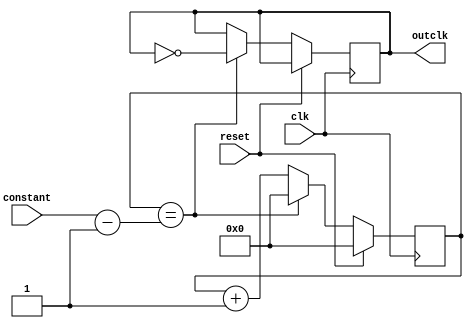
module clock_divider(clk,outclk,constant, reset);
input clk;
input reset;
input [31:0] constant;

output reg outclk;
//wire outclk;
reg [31:0] count=32'd0;


// ask if system ver always_ff or always
// ask negedge or posedge reset

always @(posedge clk) begin // ask synch or asynch reset 
    if (reset) count <=32'b0;// count is 0 if reset
    else begin
    // if it's equal to that constant, reset count and NOT outclk
    // outclk is initialized as 0, so it's now 1 etc
        if(count==constant-1) begin // or maybe -1
            count <= 32'b0;
            outclk <= ~outclk;
        end
        else begin// if not that const, then increment count 
            count <= count+1;
            outclk <= outclk;// outclk stays the same
        end
      
    end 
end

endmodule